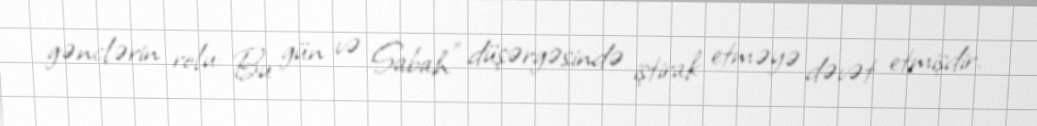
gənclərin rolu: Bu gün və Sabah” düşərgəsində iştirak etməyə dəvət etmişdir.